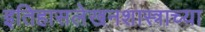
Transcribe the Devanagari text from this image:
इतिहासलेखनशास्त्राच्या